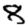
Digit: 8